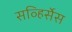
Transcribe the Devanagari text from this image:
सव्हिर्सेस